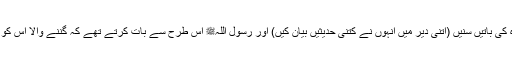
جب نماز پڑھ چکیں تو انہوں نے عروہ سے کہا کہ تم نے ابو ہریرہؓ کی باتیں سنیں (اتنی دیر میں انہوں نے کتنی حدیثیں بیان کیں) اور رسول اللہﷺ اس طرح سے بات کرتے تھے کہ گننے والا اس کو چاہتا تو گن لیتا (یعنی ٹھہر ٹھہر کر آہستہ سے اور یہی تہذیب ہے۔